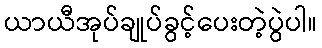
ယာယီအုပ်ချုပ်ခွင့်ပေးတဲ့ပွဲပါ။